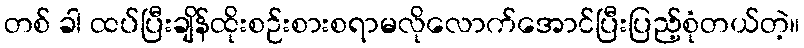
တစ် ခါ ထပ်ပြီးချိန်ထိုးစဉ်းစားစရာမလိုလောက်အောင်ပြီးပြည့်စုံတယ်တဲ့။